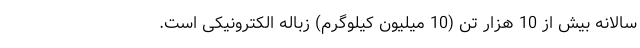
سالانه بیش از 10 هزار تن (10 میلیون کیلوگرم) زباله الکترونیکی است.